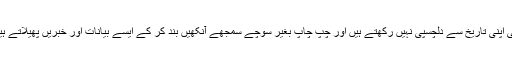
گلگت بلتستان کی بد قسمتی یہ ہے کہ یہاں کے باسی اپنی تاریخ سے دلچسپی نہیں رکھتے ہیں اور چپ چاپ بغیر سوچے سمجھے آنکھیں بند کر کے ایسے بیانات اور خبریں پھیلاتے ہیں جن کا حقیقت سے دور دور تک واسطہ نہیں ہوتا۔